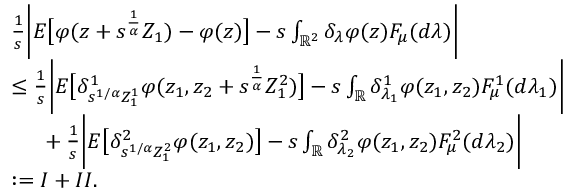
\begin{array} { r l } & { \frac { 1 } { s } \bigg \vert E \big [ \varphi ( z + s ^ { \frac { 1 } { \alpha } } Z _ { 1 } ) - \varphi ( z ) \big ] - s \int _ { \mathbb { R } ^ { 2 } } \delta _ { \lambda } \varphi ( z ) F _ { \mu } ( d \lambda ) \bigg \vert } \\ & { \leq \frac { 1 } { s } \bigg \vert E \big [ \delta _ { s ^ { 1 / \alpha } Z _ { 1 } ^ { 1 } } ^ { 1 } \varphi ( z _ { 1 } , z _ { 2 } + s ^ { \frac { 1 } { \alpha } } Z _ { 1 } ^ { 2 } ) \big ] - s \int _ { \mathbb { R } } \delta _ { \lambda _ { 1 } } ^ { 1 } \varphi ( z _ { 1 } , z _ { 2 } ) F _ { \mu } ^ { 1 } ( d \lambda _ { 1 } ) \bigg \vert } \\ & { \mathrm { ~ \ ~ \ } + \frac { 1 } { s } \bigg \vert E \big [ \delta _ { s ^ { 1 / \alpha } Z _ { 1 } ^ { 2 } } ^ { 2 } \varphi ( z _ { 1 } , z _ { 2 } ) \big ] - s \int _ { \mathbb { R } } \delta _ { \lambda _ { 2 } } ^ { 2 } \varphi ( z _ { 1 } , z _ { 2 } ) F _ { \mu } ^ { 2 } ( d \lambda _ { 2 } ) \bigg \vert } \\ & { : = I + I I . } \end{array}